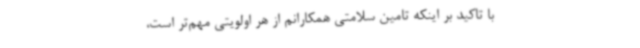
با تاکید بر اینکه تامین سلامتی همکارانم از هر اولویتی مهم‌تر است،